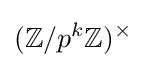
(\mathbb {Z} /{p^{k}}\mathbb {Z} )^{\times }